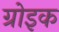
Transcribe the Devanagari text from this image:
ग्रोइक